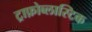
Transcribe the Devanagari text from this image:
ट्राफ़ोब्लास्टिक